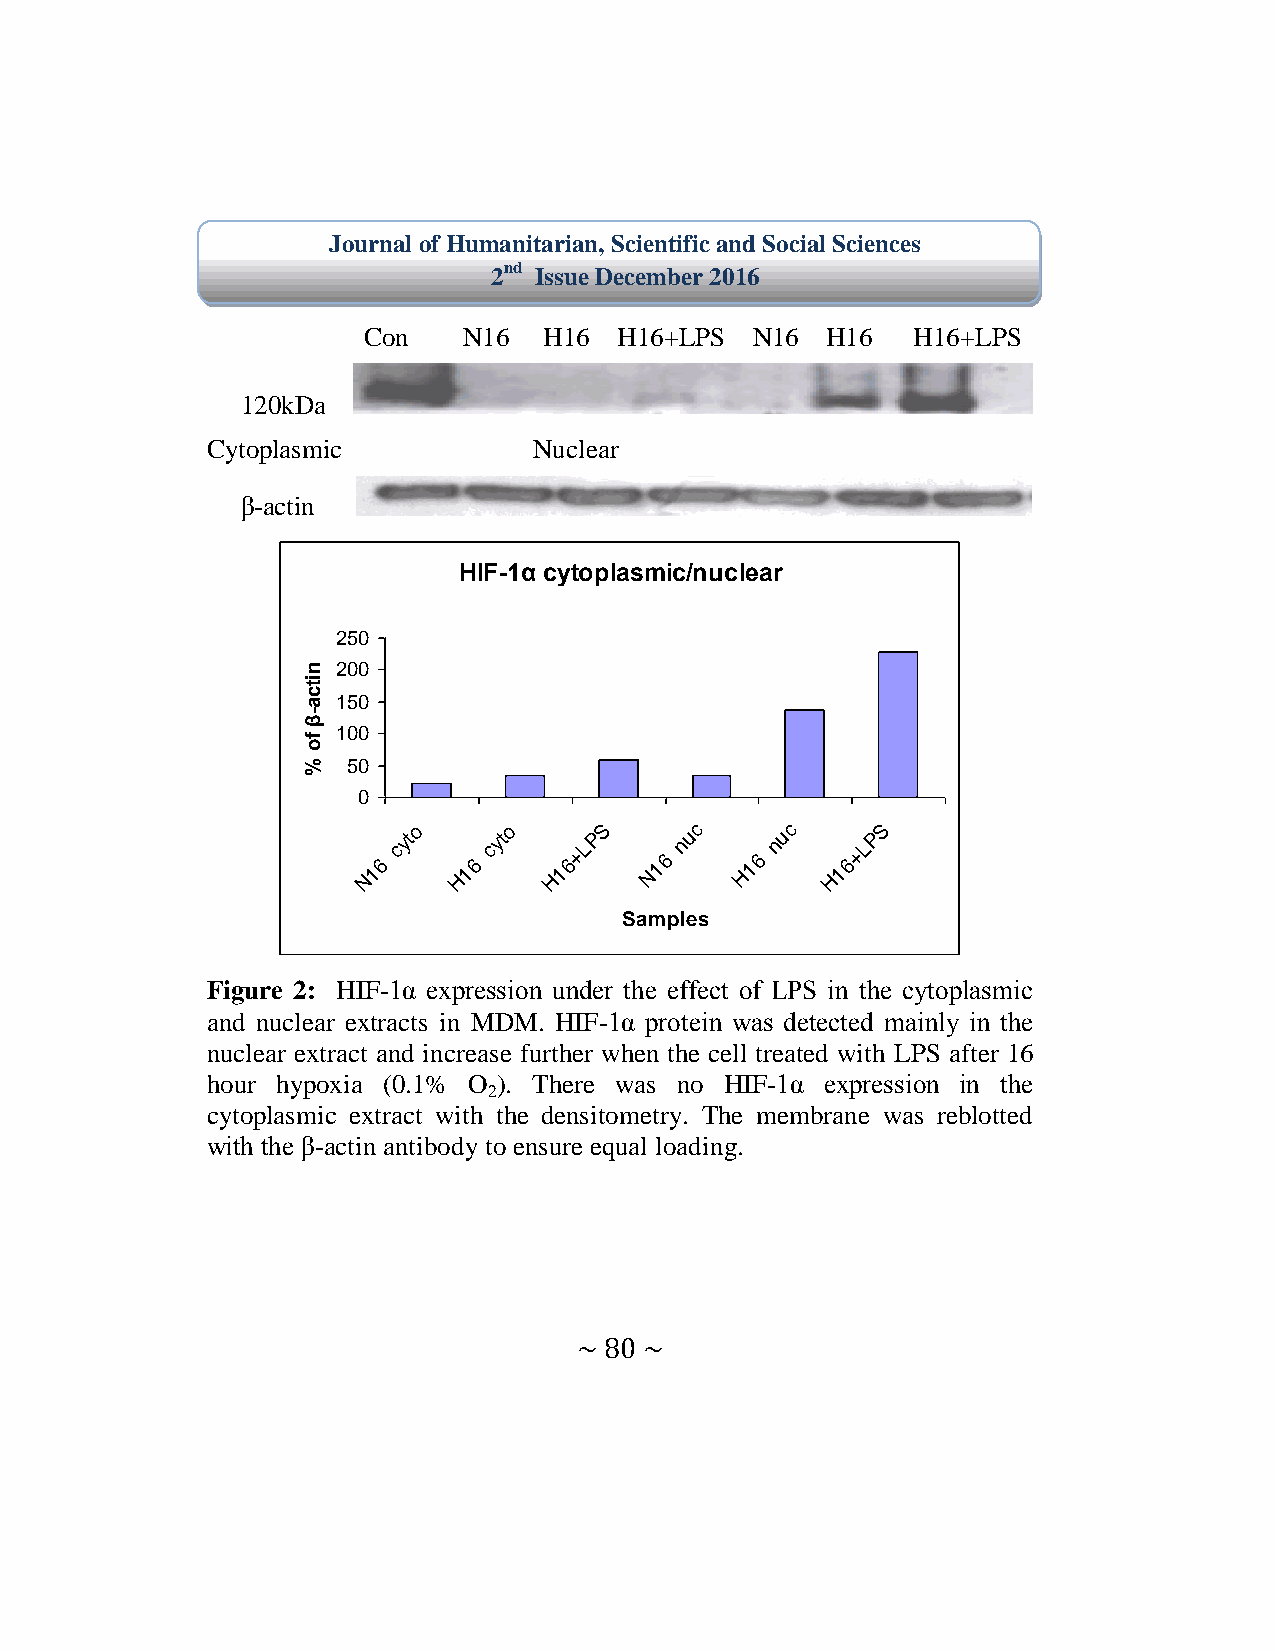
Journal of Humanitarian, Scientific and Social Sciences
 2nd Issue December 2016
 Con    N16  H16  H16+LPS  N16  H16  H16+LPS
 120kDa
 Cytoplasmic          Nuclear
 β-actin
 HIF-1α cytoplasmic/nuclear
 250
 n 200
 it
 c
 a 150
 -
 β
 f
 100
 o
 %  50
 0
 N16
 cyto
 H16
 cyto H16+LPS
 N16
 nuc
 H16
 nuc H16+LPS
 Samples
 Figure 2: HIF-1α expression under the effect of L S in the cytoplasmic
 and nuclear extracts in MDM. HIF-1α protein was detected mainly in the
 nuclear extract and increase further when the cell treated with LPS after 16
 hour hypoxia (0.1% O ). There was no HIF-1α expression in the
 2
 cytoplasmic extract with the densitometry. The membrane was reblotted
 with the β-actin antibody to ensure equal loading.
 ~ 80 ~